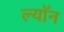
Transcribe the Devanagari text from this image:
ल्याॅन